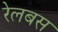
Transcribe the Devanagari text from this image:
रेलबस